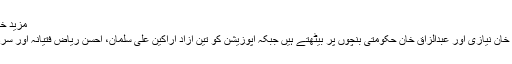
مزید خبریں:مہنگائی کے مارے عوام کیلئے خوشخبری
پانچ آزاد امیدواروں میں سے دو امیدوار انعام اللہ خان نیازی اور عبدالزاق خان حکومتی بنچوں پر بیٹھتے ہیں جبکہ اپوزیشن کو تین آزاد اراکین علی سلمان، احسن ریاض فتیانہ اور سردار نصراللہ خان دریشک کی حمایت حاصل ہے۔